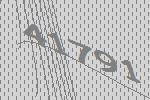
41791